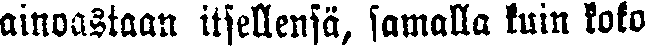
ainoastaan itsellensä, samalla kuin koko